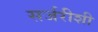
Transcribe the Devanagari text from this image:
सर्जरीशी